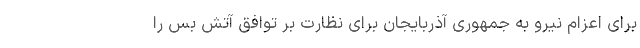
برای اعزام نیرو به جمهوری آذربایجان برای نظارت بر توافق آتش بس را